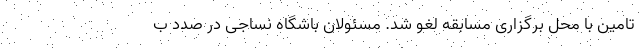
تامین با محل برگزاری مسابقه لغو شد. مسئولان باشگاه نساجی در صدد ب